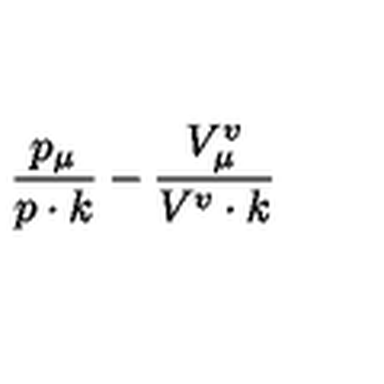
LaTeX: \frac { p _ { \mu } } { p \cdot k } - \frac { V _ { \mu } ^ { v } } { V ^ { v } \cdot k }